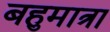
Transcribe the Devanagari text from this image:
बहुमात्रा